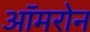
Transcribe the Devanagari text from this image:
ऑमरोन